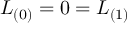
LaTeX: { \cal L } _ { ( 0 ) } = 0 = { \cal L } _ { ( 1 ) }